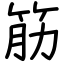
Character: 筋